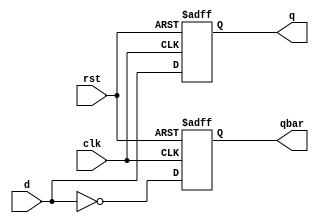
module dff (d, clk, rst, q, qbar);
    input d, clk, rst;
    output reg q, qbar;
    always @ (posedge clk or posedge rst) begin
        if (rst) begin q <= 1'b0; qbar <= 1'b1; end
        else begin q <= d; qbar <= ~d; end
    end
endmodule

module dff_tb;
    reg d, clk, rst;
    wire q, qbar;
    dff tb(d, clk, rst, q, qbar);
    always #5 clk = ~clk;
    initial begin
        rst = 1; clk = 0; d = 1;
        #10 rst = 0;
        #10 d = 0;
        #10 d = 1;
        #50 $stop;
    end
endmodule